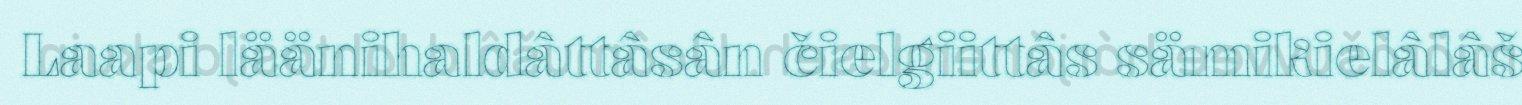
Laapi läänihaldâttâsân čielgiittâs sämikielâlâš